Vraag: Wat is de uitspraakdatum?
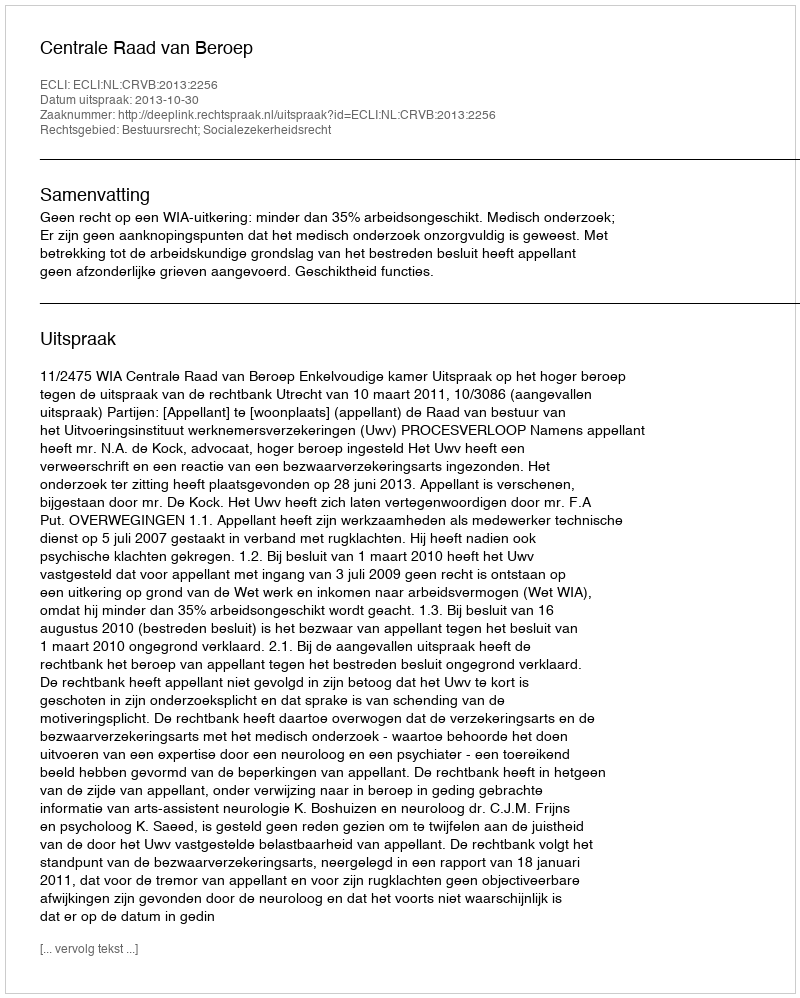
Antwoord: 2013-10-30